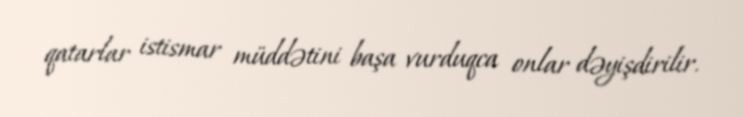
qatarlar istismar müddətini başa vurduqca onlar dəyişdirilir.